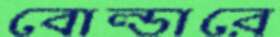
বোল্ডারে